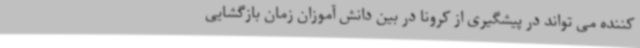
کننده می تواند در پیشگیری از کرونا در بین دانش آموزان زمان بازگشایی